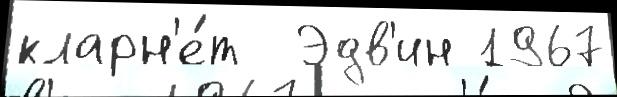
кларн'е́т  Эдв'ин 1967